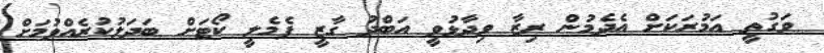
ވަގުތީ އަމުރަކަށް އެދެމުން ރިޒާ ވިދާޅުވީ އަބްދު ގާޒީ ފެމެލީ ކޯޓަށް ބަދަލުކުރެއްވުމަށް